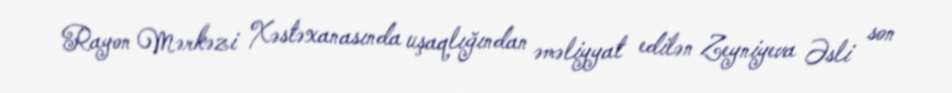
Rayon Mərkəzi Xəstəxanasında uşaqlığından əməliyyat edilən Zeyniyeva Əsli son